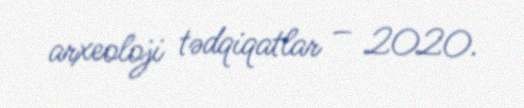
arxeoloji tədqiqatlar – 2020.